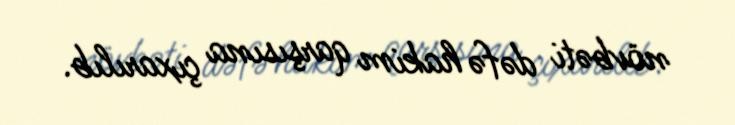
növbəti dəfə hakim qarşısına çıxarılıb.